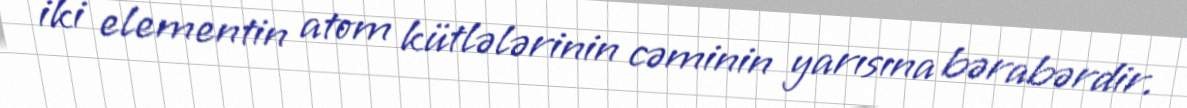
iki elementin atom kütlələrinin cəminin yarısına bərabərdir.